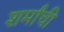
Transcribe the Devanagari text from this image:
शर्मांची